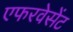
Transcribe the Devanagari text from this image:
एफरवेसेंट